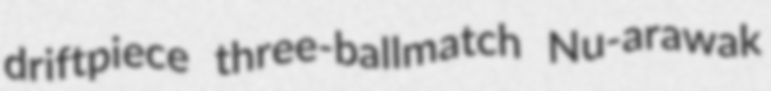
driftpiece three-ballmatch Nu-arawak